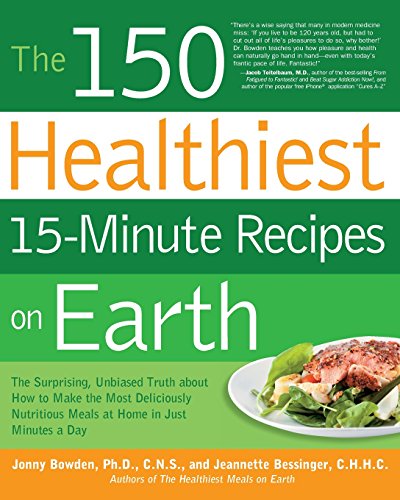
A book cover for The 150 Healthiest 15-Minute Recipes on Earth: The Surprising, Unbiased Truth about How to Make the Most Deliciously Nutritious Meals at Home in Just Minutes a Day; Jonny Bowden; Cookbooks, Food & Wine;